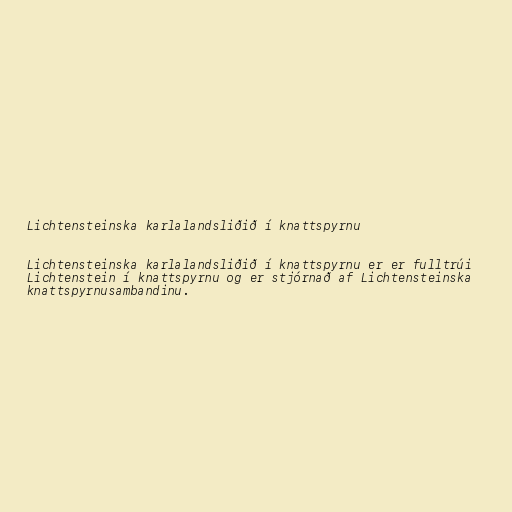
Lichtensteinska karlalandsliðið í knattspyrnu

Lichtensteinska karlalandsliðið í knattspyrnu er er fulltrúi
Lichtenstein í knattspyrnu og er stjórnað af Lichtensteinska
knattspyrnusambandinu.